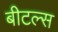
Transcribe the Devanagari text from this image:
बीटल्‍स